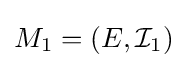
M_{1}=(E,{\mathcal {I}}_{1})